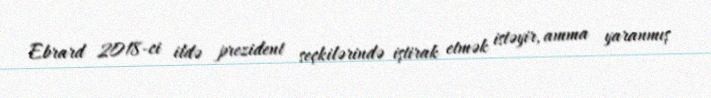
Ebrard 2018-ci ildə prezident seçkilərində iştirak etmək istəyir, amma yaranmış